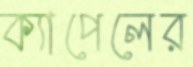
ক্যাপেলের